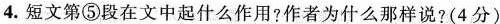
4.短文第⑤段在文中起什么作用?作者为什么那样说?(4分)